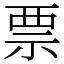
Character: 票